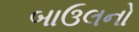
બાઉલનો